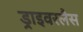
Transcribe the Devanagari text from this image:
ड्राइवरलैस